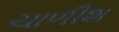
ચાળીશ